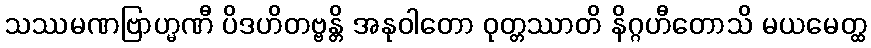
သဿမဏဗြာဟ္မဏီ ပိဒဟိတဗ္ဗန္တိ အနုဝါတော ဝုတ္တဿာတိ နိဂ္ဂဟီတောသိ မယမေတ္ထ